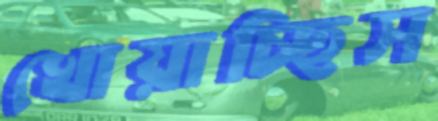
খোয়াচ্ছিস